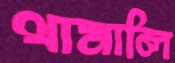
থামালি